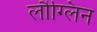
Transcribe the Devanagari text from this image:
लौग्लिन